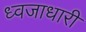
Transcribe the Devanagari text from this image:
ध्‍वजाधारी